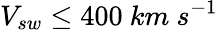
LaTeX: V_{sw}\leq 400~km~s^{-1}